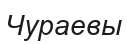
Чураевы